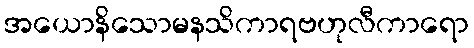
အယောနိသောမနသိကာရဗဟုလီကာရော